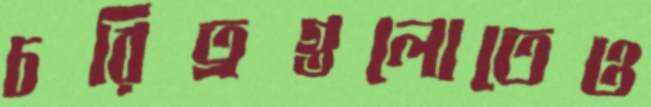
চরিত্রগুলোতেও